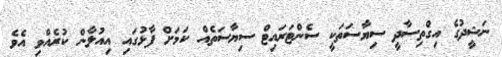
ނަޝީދުގެ އިގްތިސާދީ ސިޔާސަތަކީ ސެންޓަރައިޓް ސިޔާސަތެއް ކަމަށް ފާޅުގައި އިއުލާން ކުރެއްވި އެވެ